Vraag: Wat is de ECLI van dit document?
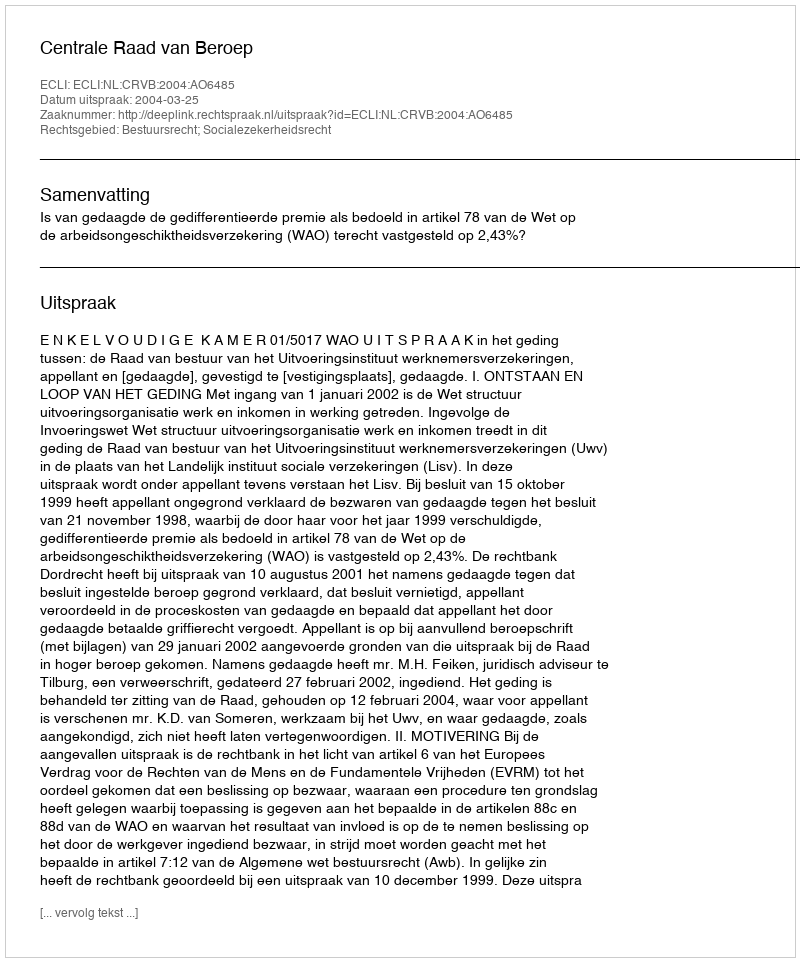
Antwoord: ECLI:NL:CRVB:2004:AO6485